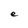
Character: e